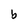
Character: b